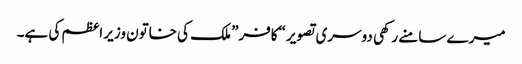
میرے سامنے رکھی دوسری تصویر “کافر” ملک کی خاتون وزیر اعظم کی ہے۔